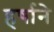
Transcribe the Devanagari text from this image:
हर्षाने